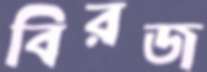
বিরজ